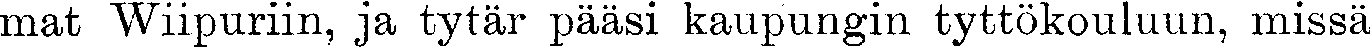
mat Wiipuriin, ja tytär pääsi kaupungin tyttökouluun, missä